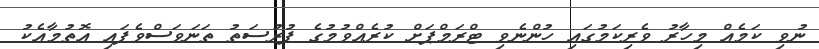
ނުވި ކަމެއް މިހާރު ވެރިކަމުގައި ހުންނެވި ޓްރަމްޕަށް ކުރެއްވުމުގެ ފުރުސަތު ތަނަވަސްވެފައި އޮތުމާއެކު